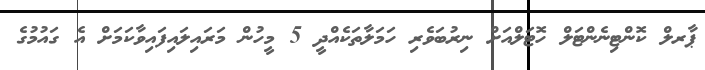
ޕާރލް ކޮންޓިނެންޓަލް ހޮޓަލްއަށް ނިރުބަވެރި ހަމަލާތަކެއްދީ 5 މީހުން މަރައިލައިފައިވާކަމަށް އެ ގައުމުގެ